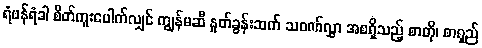
ရံဖန်ရံခါ စိတ်ကူးပေါက်လျှင် ကျွန်မဆီ နှုတ်ခွန်းဆက် သဝဏ်လွှာ အစရှိသည့် စာတို၊ စာရှည်